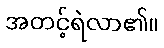
အတင့်ရဲလာ၏။